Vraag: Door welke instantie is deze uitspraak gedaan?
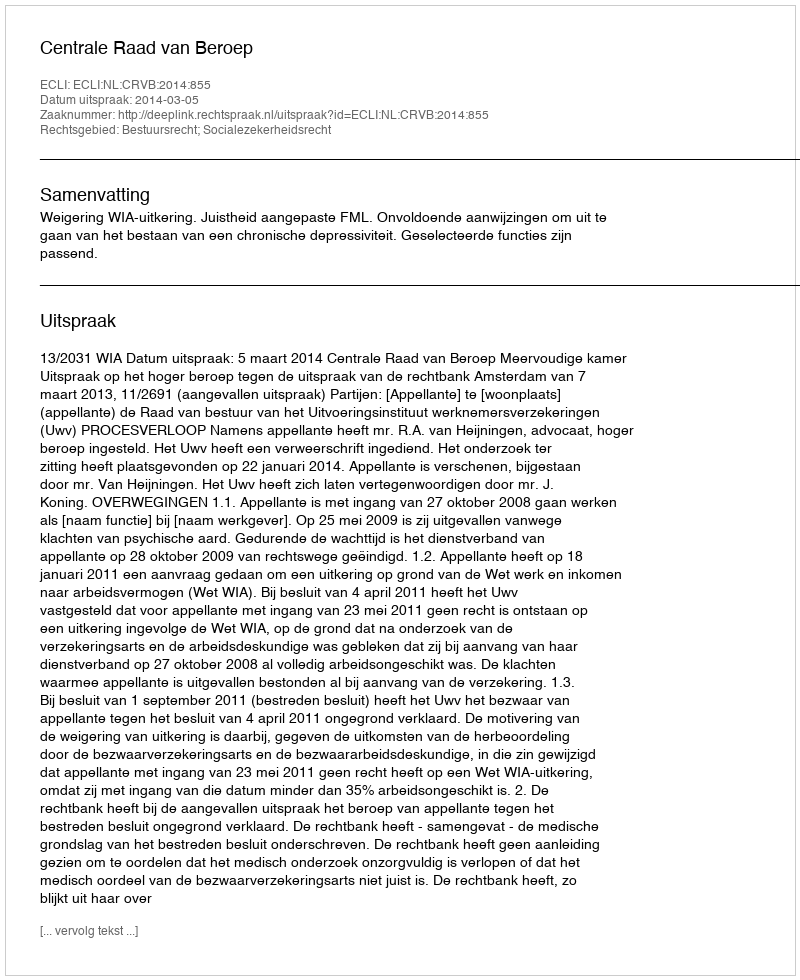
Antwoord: Centrale Raad van Beroep